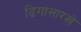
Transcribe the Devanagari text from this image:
ढिगांसारखे